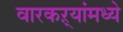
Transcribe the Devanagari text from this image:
वारकऱ्यांमध्ये